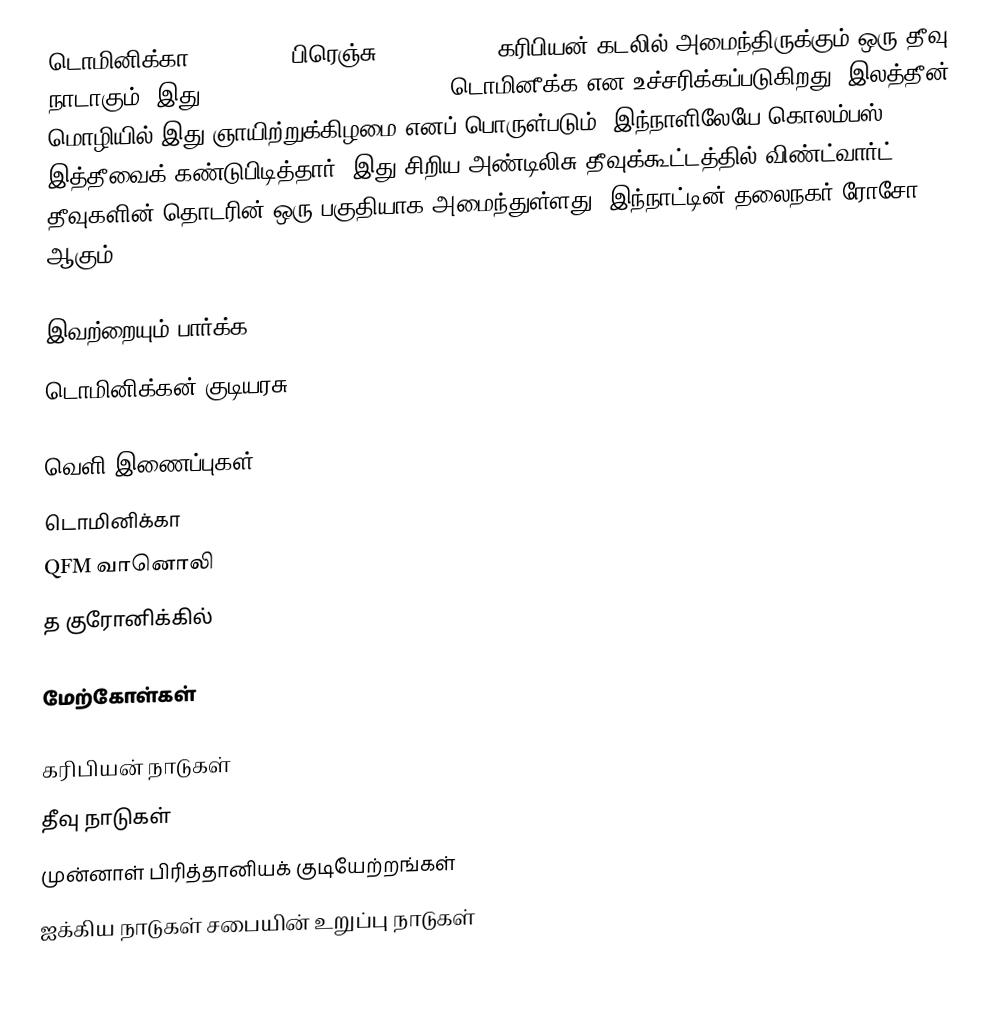
டொமினிக்கா (Dominica, பிரெஞ்சு: Dominique), கரிபியன் கடலில் அமைந்திருக்கும் ஒரு தீவு நாடாகும். இது ˌdɒmɪˈniːkə (dom-in-EE-cuh, டொமினீக்க என உச்சரிக்கப்படுகிறது. இலத்தீன் மொழியில் இது ஞாயிற்றுக்கிழமை எனப் பொருள்படும். இந்நாளிலேயே கொலம்பஸ் இத்தீவைக் கண்டுபிடித்தார். இது சிறிய அண்டிலிசு தீவுக்கூட்டத்தில் விண்ட்வார்ட் தீவுகளின் தொடரின் ஒரு பகுதியாக அமைந்துள்ளது. இந்நாட்டின் தலைநகர் ரோசோ ஆகும்.

இவற்றையும் பார்க்க
 டொமினிக்கன் குடியரசு

வெளி இணைப்புகள்
 டொமினிக்கா
 QFM வானொலி
 த குரோனிக்கில்

மேற்கோள்கள்

கரிபியன் நாடுகள்
தீவு நாடுகள்
முன்னாள் பிரித்தானியக் குடியேற்றங்கள்
ஐக்கிய நாடுகள் சபையின் உறுப்பு நாடுகள்